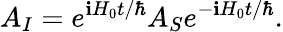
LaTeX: A_{I}=e^{\mathbf{i}H_{0}t/\hbar}A_{S}e^{-\mathbf{i}H_{0}t/\hbar}.